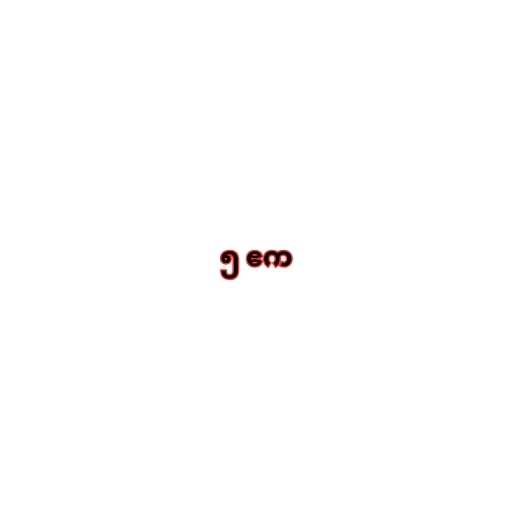
၅ ဧက